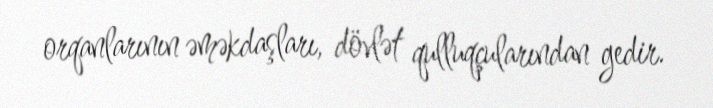
orqanlarının əməkdaşları, dövlət qulluqçularından gedir.